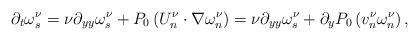
LaTeX: \begin{align*}\partial_{t}\omega_{s}^{\nu}=\nu\partial_{yy}\omega_{s}^{\nu}+P_{0}\left(U_{n}^{\nu}\cdot\nabla\omega_{n}^{\nu}\right) =\nu\partial_{yy}\omega_{s}^{\nu}+\partial_{y}P_{0}\left( v_{n}^{\nu}\omega_{n}^{\nu}\right) ,\end{align*}